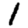
Digit: 1